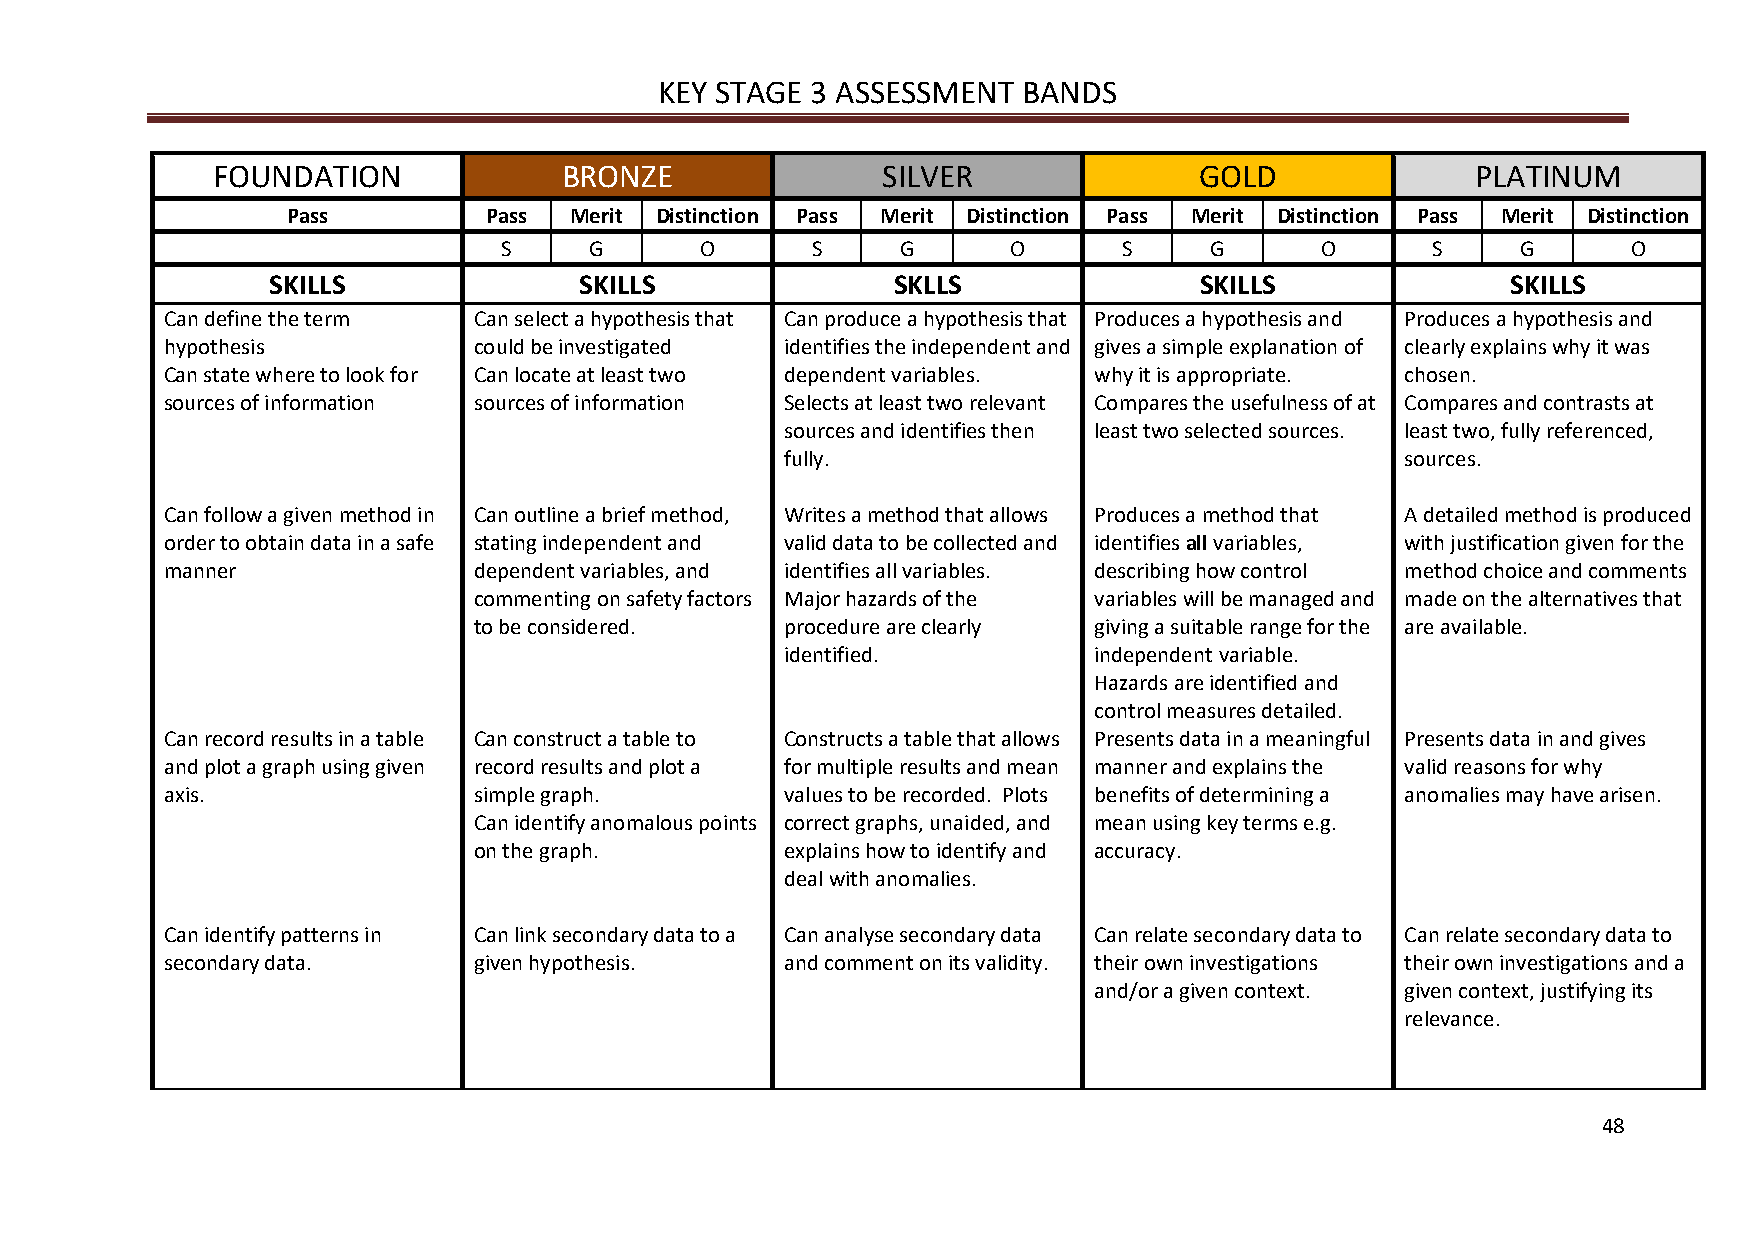
KEY STAGE 3 ASSESSMENT  BANDS
 FOUNDATION             BRONZE               SILVER               GOLD               PLATINUM
 Pass         Pass  Merit Distinction Pass Merit Distinction Pass Merit Distinction Pass Merit Distinction
 S     G      O       S     G      O      S     G      O       S     G      O
 SKILLS              SKILLS               SKLLS               SKILLS               SKILLS
 Can define the term Can select a hypothesis that Can produce a hypothesis that Produces a hypothesis and Produces a hypothesis and
 hypothesis          could be investigated identifies the independent and gives a simple explanation of clearly explains why it was
 Can state where to look for Can locate at least two dependent variables. why it is appropriate. chosen.
 sources of information sources of information Selects at least two relevant Compares the usefulness of at Compares and contrasts at
 sources and identifies then least two selected sources. least two, fully referenced,
 fully.                                   sources.
 Can follow a given method in Can outline a brief method, Writes a method that allows Produces a method that A detailed method is produced
 order to obtain data in a safe stating independent and valid data to be collected and identifies all variables, with justification given for the
 manner              dependent variables, and identifies all variables. describing how control method choice and comments
 commenting on safety factors Major hazards of the variables will be managed and made on the alternatives that
 to be considered.    procedure are clearly giving a suitable range for the are available.
 identified.         independent variable.
 Hazards are identified and
 control measures detailed.
 Can record results in a table Can construct a table to Constructs a table that allows Presents data in a meaningful Presents data in and gives
 and plot a graph using given record results and plot a for multiple results and mean manner and explains the valid reasons for why
 axis.               simple graph.        values to be recorded. Plots benefits of determining a anomalies may have arisen.
 Can identify anomalous points correct graphs, unaided, and mean using key terms e.g.
 on the graph.        explains how to identify and accuracy.
 deal with anomalies.
 Can identify patterns in Can link secondary data to a Can analyse secondary data Can relate secondary data to Can relate secondary data to
 secondary data.     given hypothesis.    and comment on its validity. their own investigations their own investigations and a
 and/or a given context. given context, justifying its
 relevance.
 48